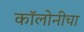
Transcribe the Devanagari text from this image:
कॉलोनीचा